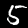
Label: 5